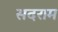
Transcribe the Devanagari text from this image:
सदराम